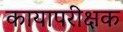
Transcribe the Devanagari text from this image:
कायापरीक्षक